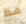
هذا